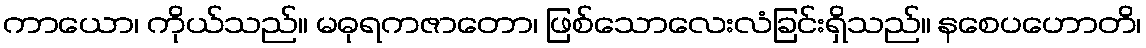
ကာယော၊ ကိုယ်သည်။ မဓုရကဇာတော၊ ဖြစ်သောလေးလံခြင်းရှိသည်။ နစေပဟောတိ၊